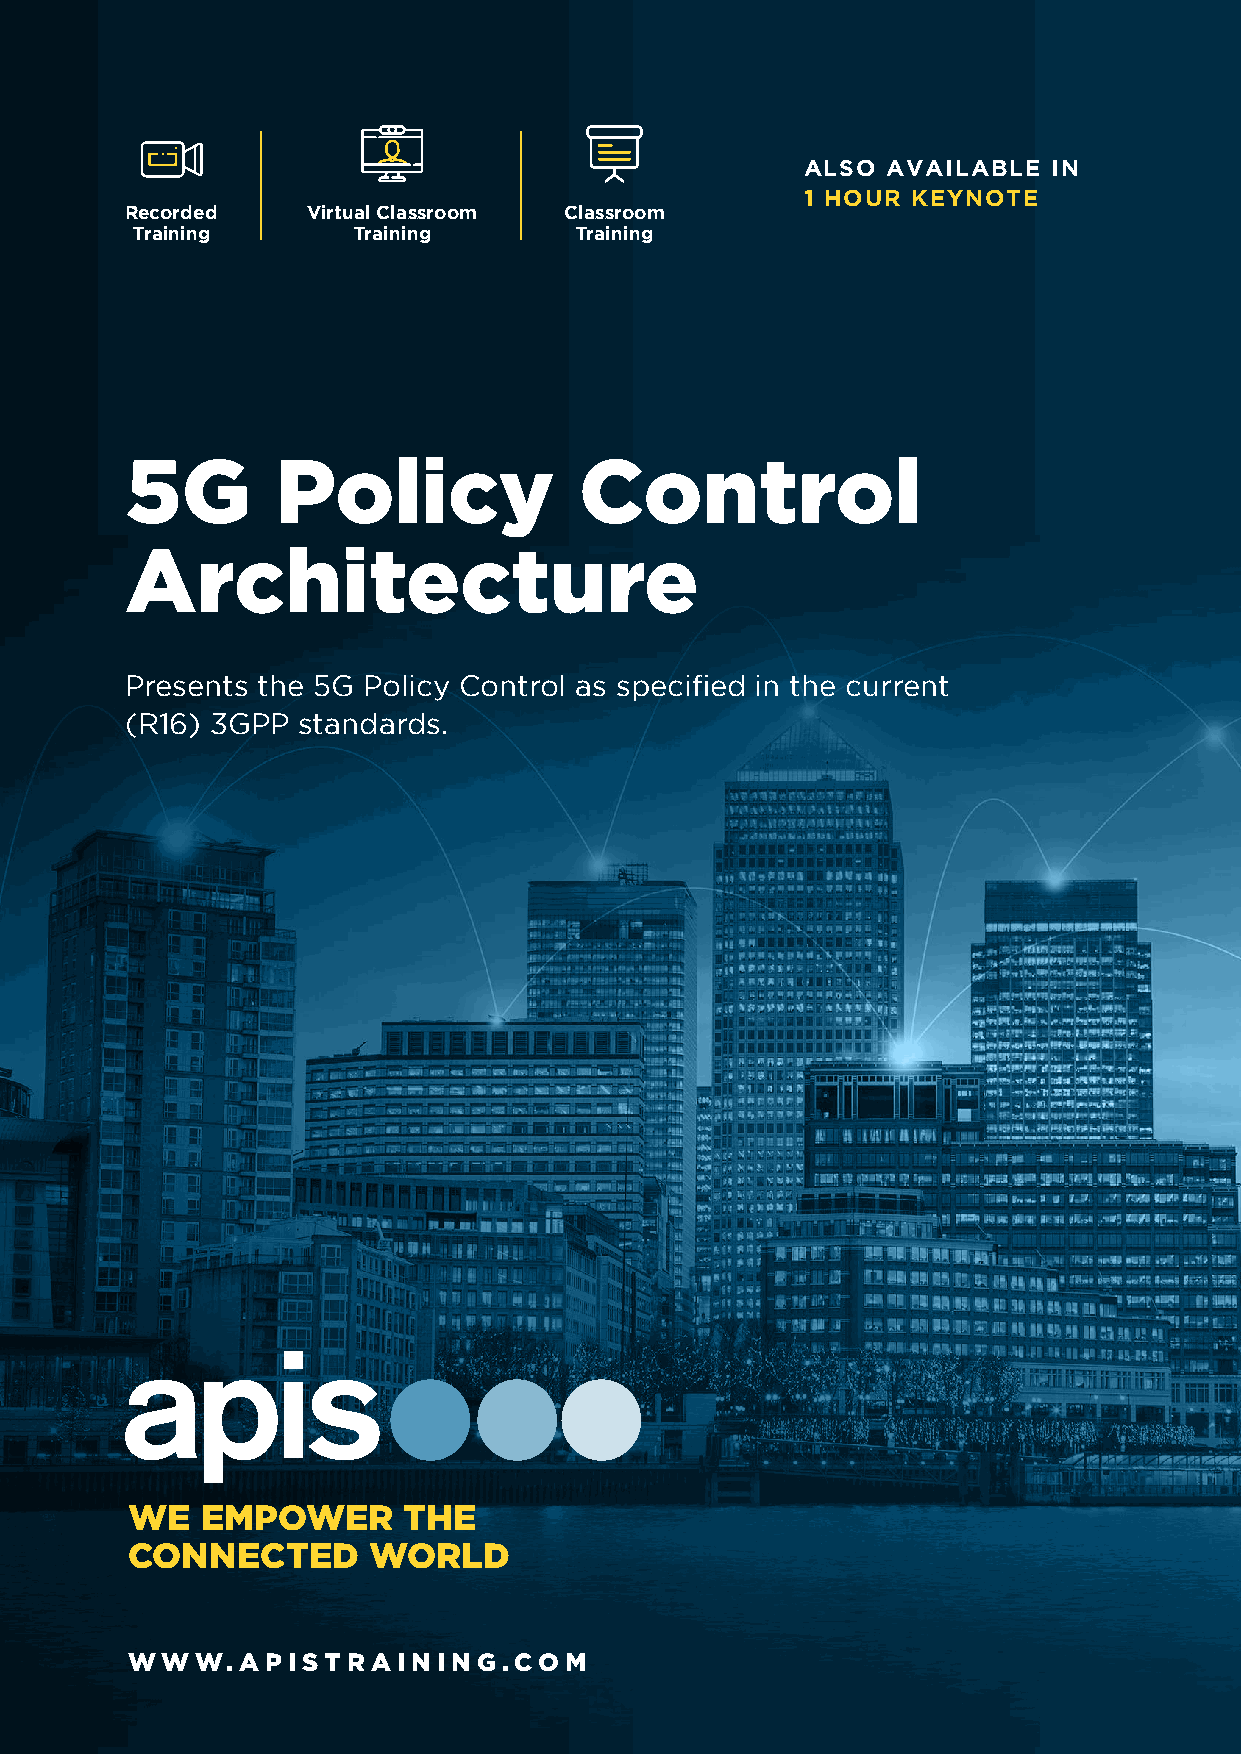
ALSO  AVAILABLE  IN
 1 HOUR KEYNOTE
 Recorded    Virtual Classroom Classroom
 Training      Training       Training
 5G        Policy              Control
 Architecture
 Presents the 5G Policy Control as specified in the current
 (R16) 3GPP  standards.
 WE   EMPOWER       THE
 CONNECTED       WORLD
 WWW.APISTRAINING.COM